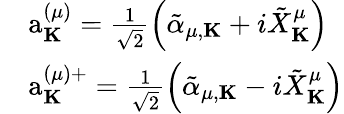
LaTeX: \begin{array}{rl}&{\mathrm{a}_{\mathbf K}^{(\mu)}=\frac{1}{\sqrt{2}}\left({\tilde{\alpha}}_{\mu,{\mathbf K}}+i{\tilde{X}}_{\mathbf K}^{\mu}\right)}\\ &{\mathrm{a}_{\mathbf K}^{(\mu)+}=\frac{1}{\sqrt{2}}\left({\tilde{\alpha}}_{\mu,{\mathbf K}}-i{\tilde{X}}_{\mathbf K}^{\mu}\right)}\end{array}